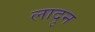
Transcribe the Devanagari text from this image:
लादुन